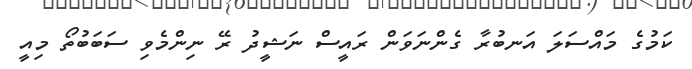
ކަމުގެ މައްސަލަ އަނބުރާ ގެންނަވަން ރައީސް ނަޝީދު ރޭ ނިންމެވި ސަބަބުތޯ މިއީ